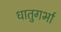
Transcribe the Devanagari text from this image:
धातुगर्भा